65_HS1-834228961_62-HQ-83894_Section_2
Agency: FBI
Page 18
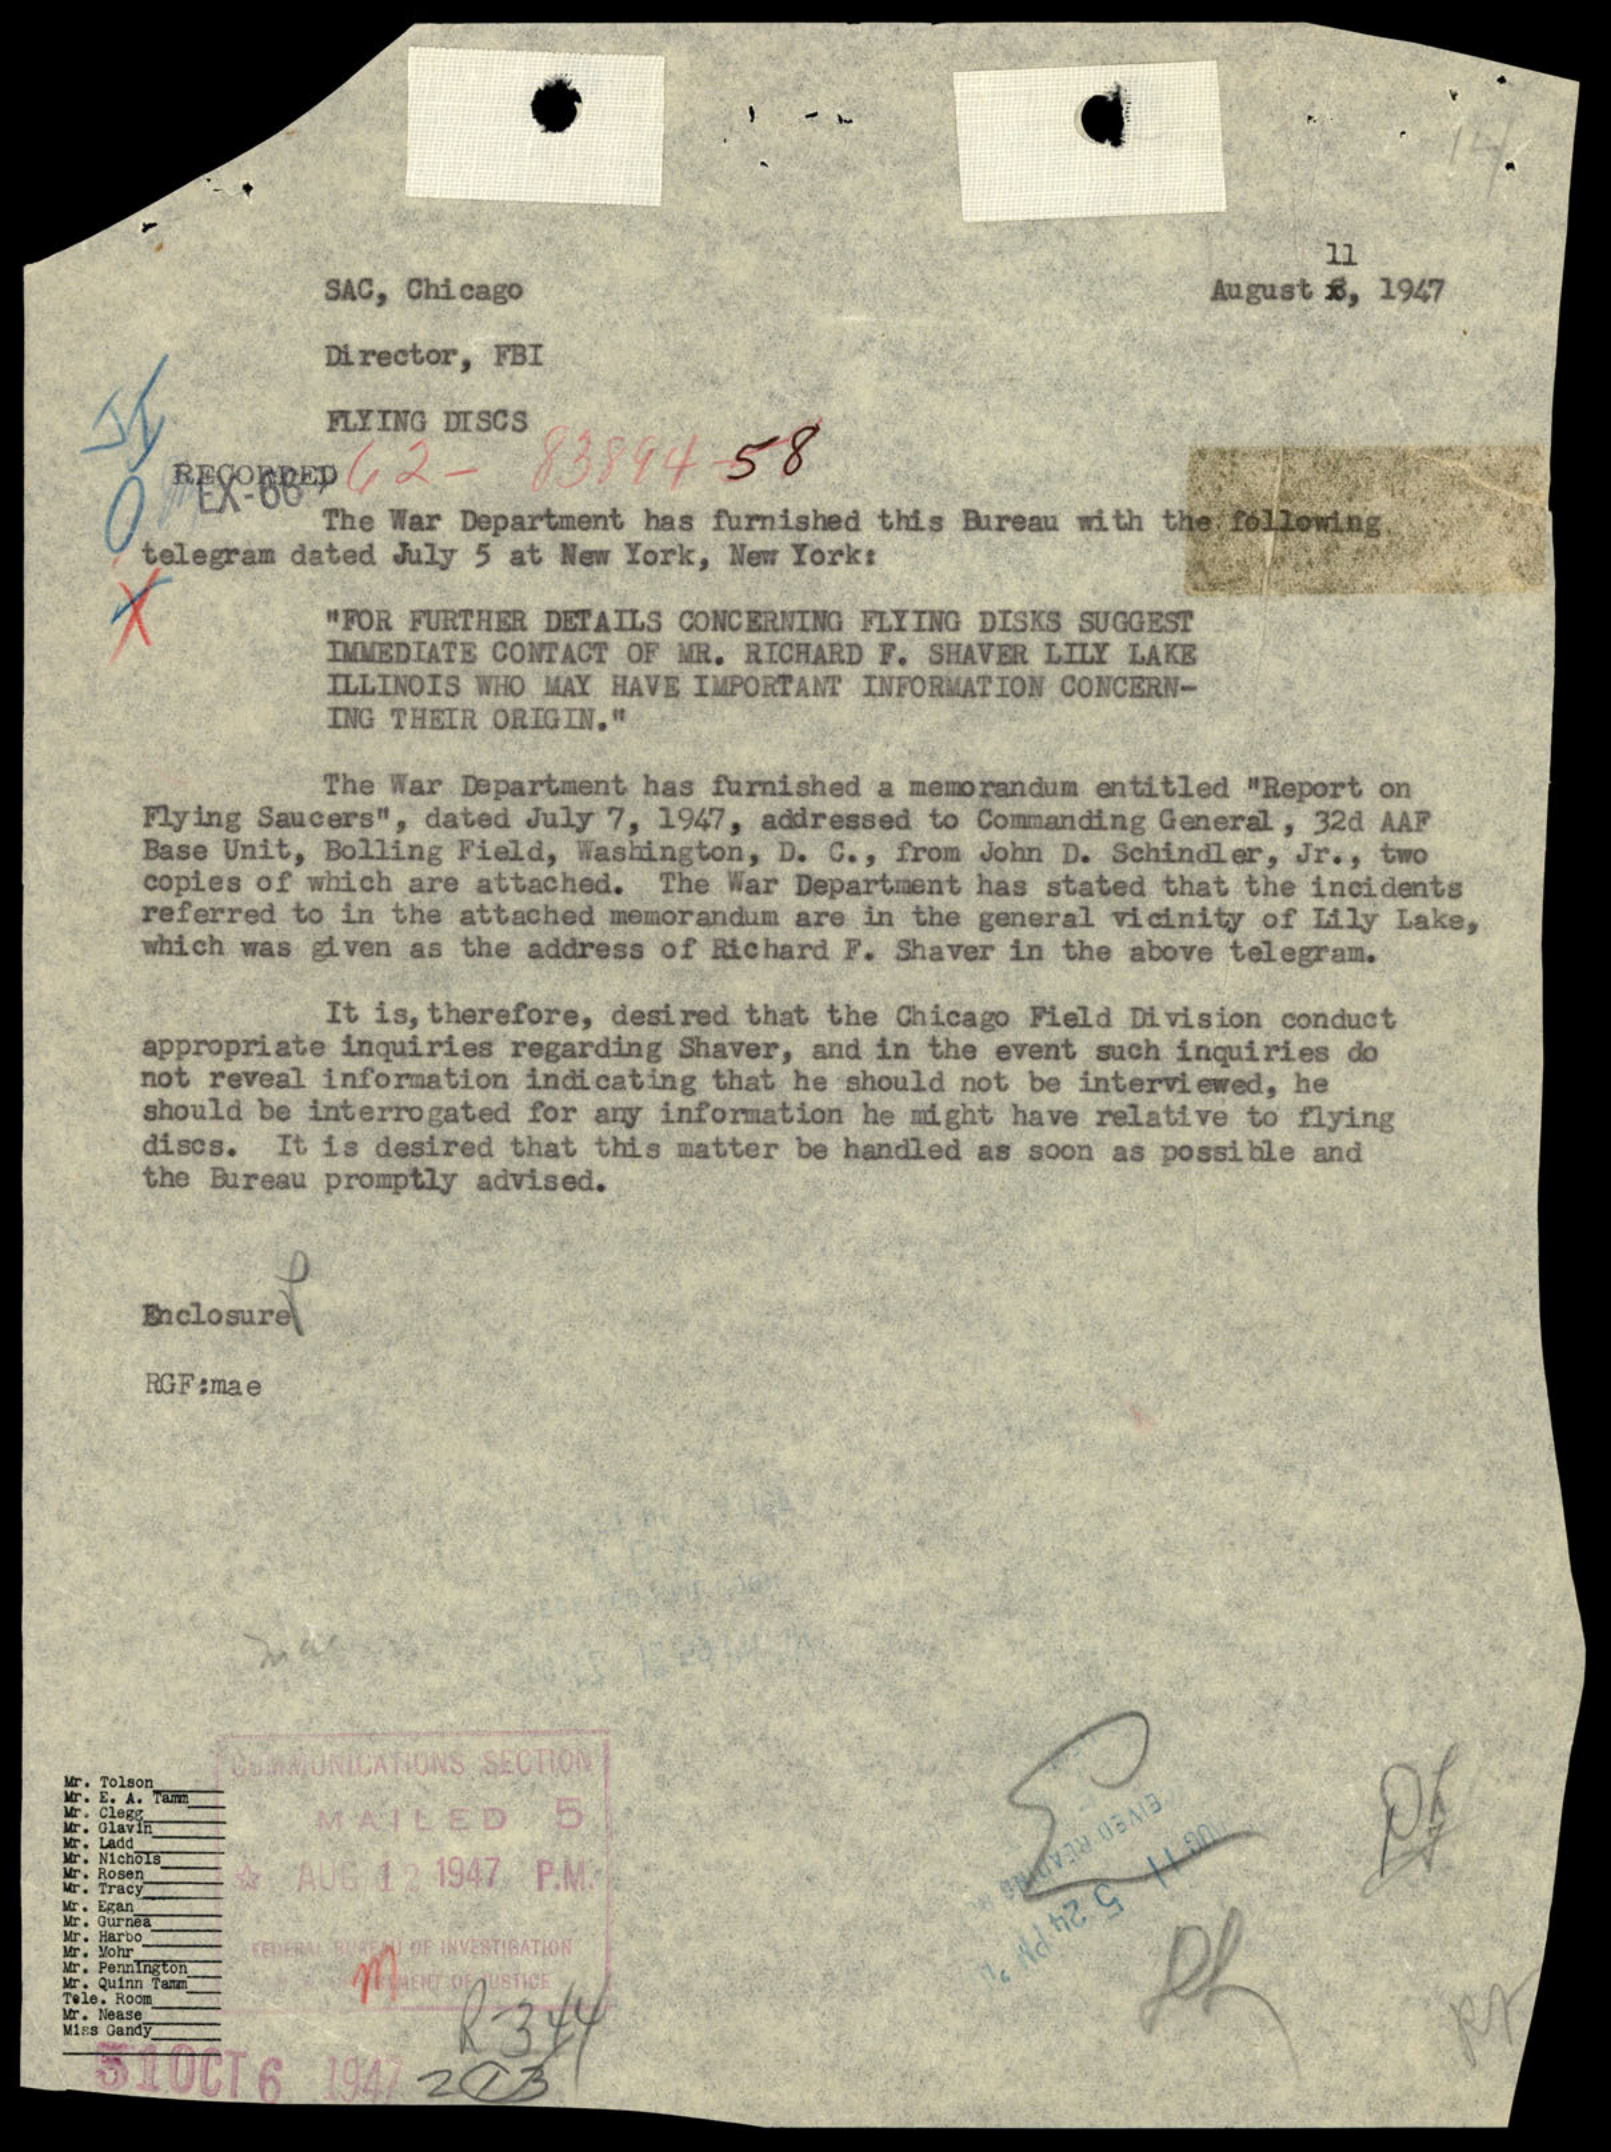